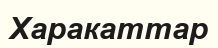
Харакаттар